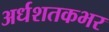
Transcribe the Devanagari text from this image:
अर्धशतकभर